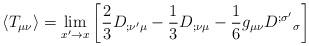
LaTeX: \begin{align*}\langle T_{\mu\nu}\rangle=\lim_{x'\rightarrow x} \left[ {2\over3}{D}_{;\nu'\mu}-{1\over3}{D}_{;\nu\mu} -{1\over6}g_{\mu\nu} {D}^{;\sigma'}{}_\sigma \right]\end{align*}